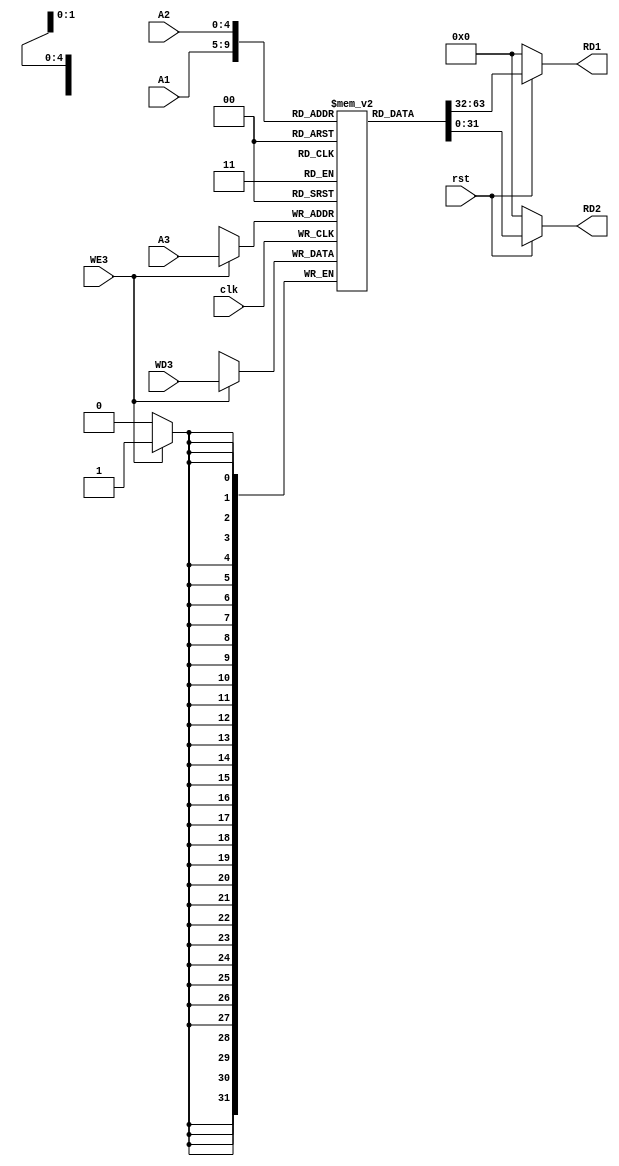
module Register_File(clk, rst, A1, A2, A3, WD3, WE3, RD1, RD2);

  input clk, rst;
  input [4:0] A1, A2, A3;
  input [31:0] WD3;
  input WE3;

  output [31:0] RD1, RD2;

  reg [31:0] Memory [31:0];

  assign RD1 = (rst == 1'b0) ? 32'h00000000 : Memory[A1]; 

  assign RD2 = (rst == 1'b0) ? 32'h00000000 : Memory[A2];

  always @(posedge clk)
  begin 
  if (WE3) begin 
      Memory[A3] <= WD3;
    end 
  end

endmodule